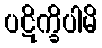
ပဋိက္ခိပါမိ